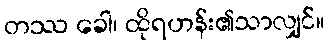
တဿ ခေါ၊ ထိုရဟန်း၏သာလျှင်။